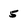
Character: 5